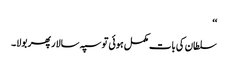
‘‘
سلطان کی بات مکمل ہوئی تو سپہ سالار پھر بولا۔